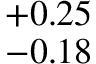
^ { + 0 . 2 5 } _ { - 0 . 1 8 }